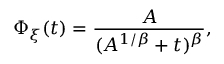
\Phi _ { \xi } ( t ) = \frac { A } { ( A ^ { 1 / \beta } + t ) ^ { \beta } } ,